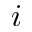
i